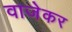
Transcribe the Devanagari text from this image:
वाजेकर